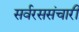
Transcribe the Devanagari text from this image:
सर्वरससंचारी